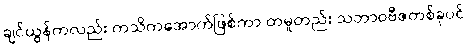
ချင်ယွန်ကလည်း ကသိကအောက်ဖြစ်ကာ တမူတည်း သဘာဝဗီဇတစ်ခုပင်